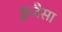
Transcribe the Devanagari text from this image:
झ्र्जैसा